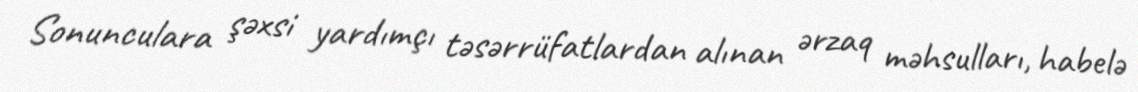
Sonunculara şəxsi yardımçı təsərrüfatlardan alınan ərzaq məhsulları, habelə